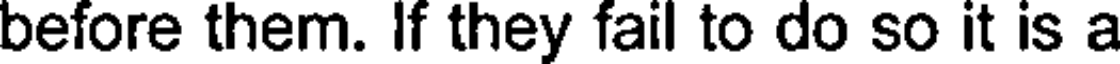
before them. If they fail to do so it is a